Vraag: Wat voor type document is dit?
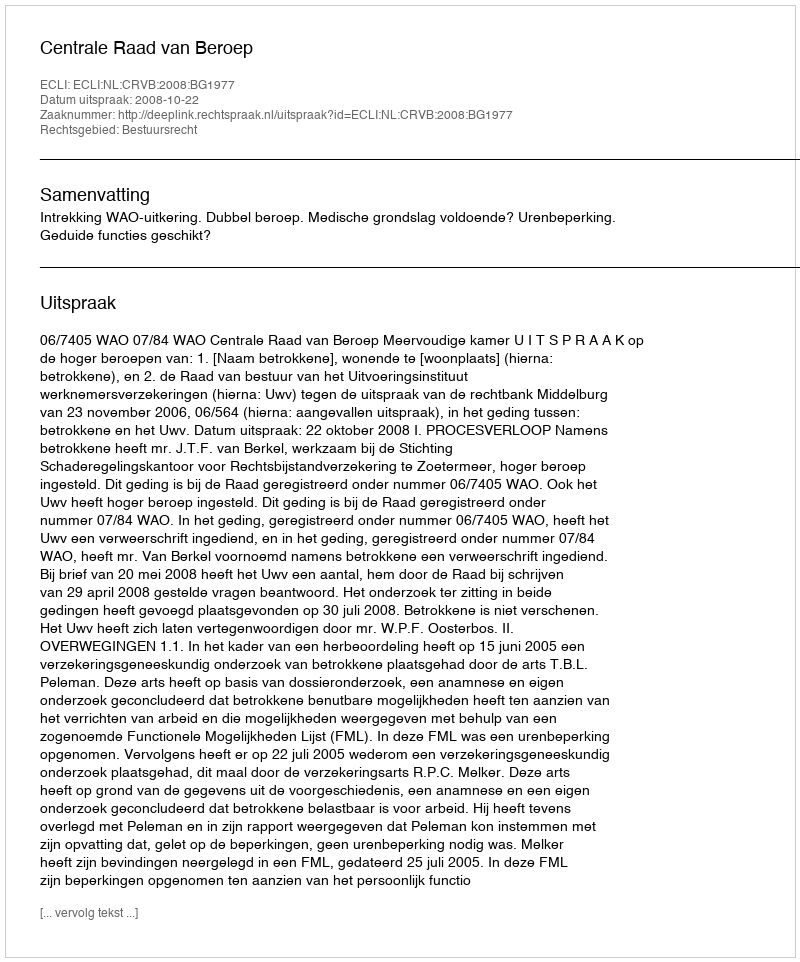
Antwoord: Uitspraak